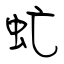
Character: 虻